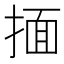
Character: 𰔆